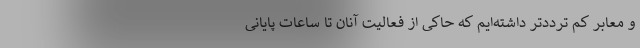
و معابر کم ترددتر داشته‌ایم که حاکی از فعالیت آنان تا ساعات پایانی